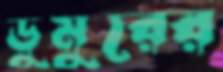
ডুমুরের